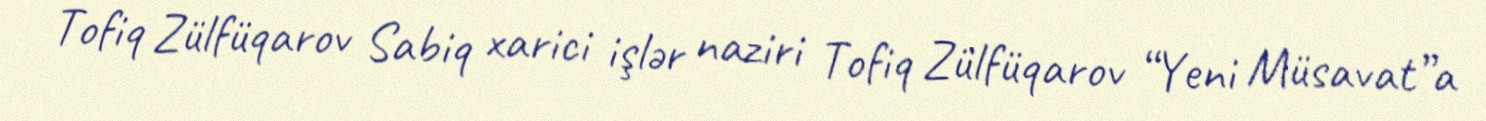
Tofiq Zülfüqarov Sabiq xarici işlər naziri Tofiq Zülfüqarov “Yeni Müsavat”a